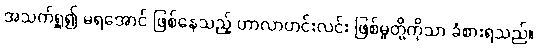
အသက်ရှူ၍ မရအောင် ဖြစ်နေသည့် ဟာလာဟင်းလင်း ဖြစ်မှုတို့ကိုသာ ခံစားရသည်။